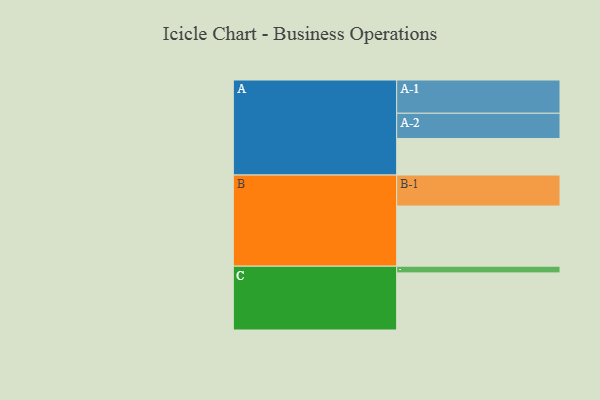
{"axis": {"x": "Segment", "y": "Value"}, "legend": ["", "A", "B", "C"], "data": [{"x": "A", "y": 328, "type": ""}, {"x": "B", "y": 539, "type": ""}, {"x": "C", "y": 512, "type": ""}, {"x": "A-1", "y": 298, "type": "A"}, {"x": "A-2", "y": 226, "type": "A"}, {"x": "B-1", "y": 278, "type": "B"}, {"x": "C-1", "y": 60, "type": "C"}]}